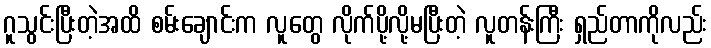
ဂူသွင်းပြီးတဲ့အထိ စမ်းချောင်းက လူတွေ လိုက်ပို့လို့မပြီးတဲ့ လူတန်းကြီး ရှည်တာကိုလည်း